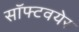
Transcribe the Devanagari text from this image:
सॉफ्टवयेर